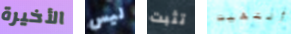
الأخيرة ليس تثبت أنتهيت